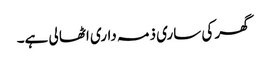
گھر کی ساری ذمہ داری اٹھا لی ہے۔